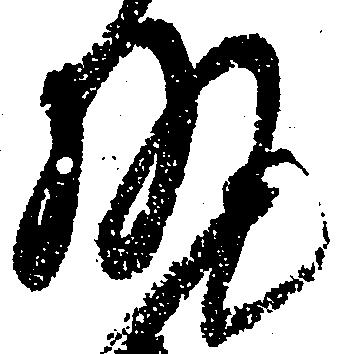
執